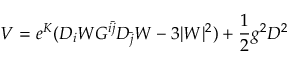
V = e ^ { K } ( D _ { i } W G ^ { i \bar { j } } D _ { \bar { j } } W - 3 \vert W \vert ^ { 2 } ) + { \frac { 1 } { 2 } } g ^ { 2 } D ^ { 2 }